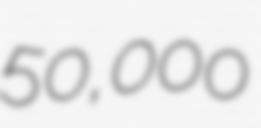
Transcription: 50,000